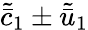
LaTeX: \tilde{\bar{c}}_{1}\pm\tilde{\bar{u}}_{1}